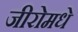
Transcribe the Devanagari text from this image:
जीरोमधे